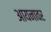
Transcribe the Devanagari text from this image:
आयनावर